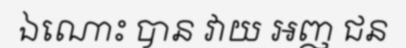
ឯណោះ បាន វាយ ឣញ ជន